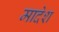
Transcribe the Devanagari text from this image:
मादेश